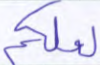
لعلكم